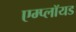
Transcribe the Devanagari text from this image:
एम्प्लॉयड